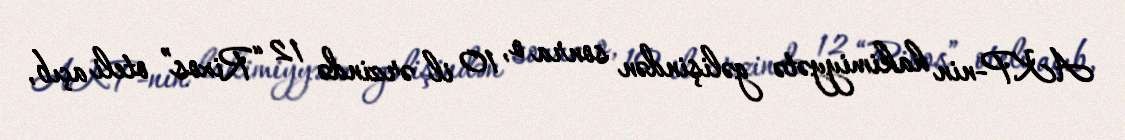
AKP-nin hakimiyyətə gəlişindən sonra o, 10 il ərzində 12 “Rixos” oteli açıb,